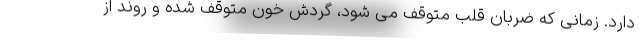
دارد. زمانی که ضربان قلب متوقف می شود، گردش خون متوقف شده و روند از